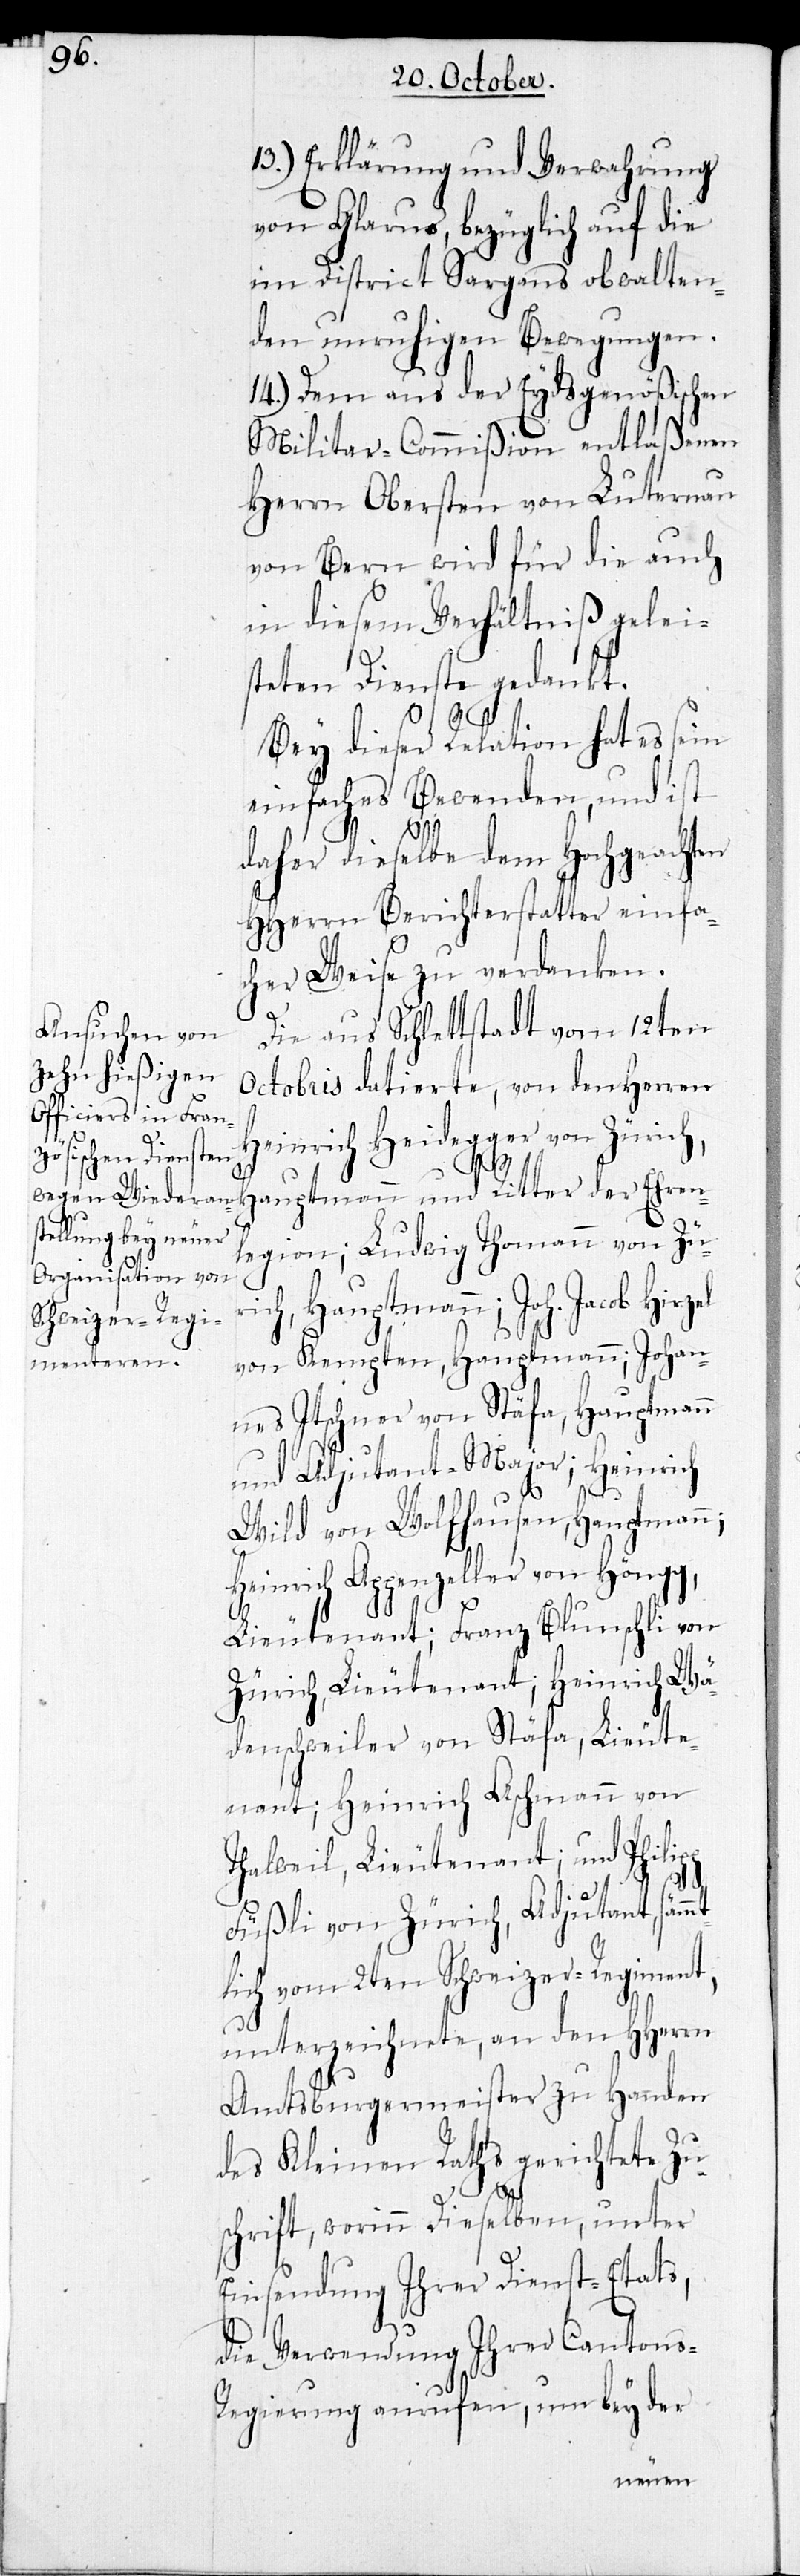
13.) Erklärung und Verwahrung
von Glarus, bezüglich auf die
im District Sargans obwalten¬
den unruhigen Bewegungen.
14.) Dem aus der Eydsgenößischen
Militar-Commißion entlaßenen
Herrn Obersten von Luternau
von Bern wird für die auch
in diesem Verhältniß gelei¬
steten Dienste gedankt.
t¬
Bey dieser Relation hat es sein
einfaches Bewenden, und ist
daher dieselbe dem Hochgeachten
HHerrn Berichterstatter einfa¬
cher Weise zu verdanken.
Die aus Schlettstadt vom 12ten
Octobris datierte, von den Herren
Heinrich Heidegger von Zürich,
legion; Ludwig Thomann von Zür¬
ich, Hauptmann; Joh. Jacob Hirzel
von Kempten, Hauptmann; Johan¬
nes Itschner von Stäfa, Hauptmann
und Adjutant-Major; Heinrich
Wild von Wolfhausen, Hauptmann;
Heinrich Appenzeller von Höngg,
Lieutenant; Franz Blunschli von
Zürich, Lieutenant; Heinrich Wä¬
denschweiler von Stäfa, Lieute¬
nant; Heinrich Aschmann von
Thalweil, Lieutenant; und Philip¬
Füßli von Zürich, Adjutant, sämm¬
lich vom 2ten Schweizer-Regiment,
unterzeichnete, an den HHerrn,
Amtsburgermeister zu Handen
des Kleinen Raths gerichtete Zu¬
schrift, worinn Dieselben, unter
Einsendung Ihrer Dienst-Etats,
die Verwendung ihrer Canton¬
s-Regierung anrufen, um bey der